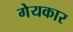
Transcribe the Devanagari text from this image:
गेयकार